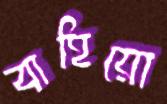
বাহিয়ো